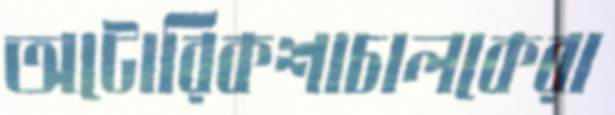
অটোরিকশাচালকেরা